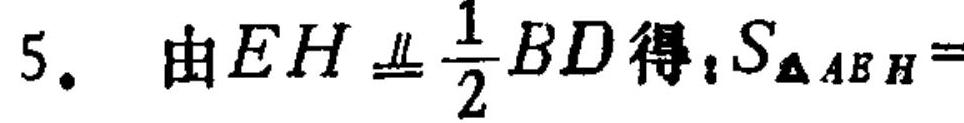
\(5。\ 由EH\equalparallel\frac{1}{2}BD得：S_{\triangle AEH}=\)